Report on sanitation, dispensaries, and jails in Rajputana for 1918, and on vaccination for the year 1918-1919 - 1918-1919
Year: 1918
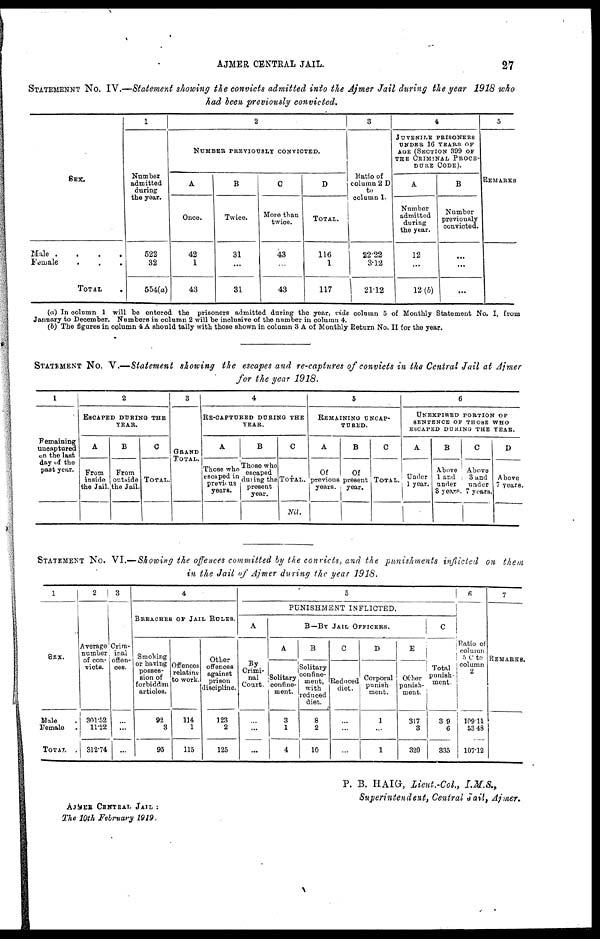
AJMER CENTRAL JAIL.
27
STATEMENNT No. IV.—Statement showing the convicts admitted into the Ajmer Jail during the year 1918 who
had been previously convicted.
SEX.
Male .
.
.
.
Female
.
.
.
TOTAL .
1
Number
admitted
during
the year.
522
32
554(a)
2
NUMBER PREVIOUSLY CONVICTED.
A
Once.
42
1
43
B
Twice.
31
...
31
C
More than
twice.
43
...
43
D
TOTAL.
116
1
117
3
Ratio of
column 2 D
to
column 1.
22.22
3.12
21.12
4
JUVENILE PRISONERS
UNDER 16 YEARS OF
AGE (SECTION 399 OF
THE CRIMINAL PROCE-
DURE CODE).
A
Number
admitted
during
the year.
12
...
12(b)
B
Number
previously
convicted.
...
...
...
5
REMARKS
(a) In column 1 will be entered the prisoners admitted during the year, vide column 5 of Monthly Statement No. I, from
January to December. Numbers in column 2 will be inclusive of the number in column 4.
(b) The figures in column 4 A should tally with those shown in column 3 A of Monthly Return No. II for the year.
STATEMENT No. V.—Statement showing the escapes and re-captures of convicts in the Central Jail at Ajmer
for the year 1918.
1
Remaining
uncaptured
on the last
day of the
past year.
2
ESCAPED DURING THE
YEAR.
A
From
inside
the Jail.
B
From
outside
the Jail.
C
TOTAL.
3
GRAND
TOTAL.
4
RE-CAPTURED DURING THE
YEAR.
A
Those who
escaped in
previous
years.
B
Those who
escaped
during the
present
year.
C
TOTAL.
Nil.
5
REMAINING UNCAP-
TURED.
A
Of
previous
years.
B
Of
present
year.
C
TOTAL.
6
UNEXPIRED PORTION OF
SENTENCE OF THOSE WHO
ESCAPED DURING THE YEAR.
A
Under
1 year.
B
Above
1 and
under
3 years.
C
Above
3 and
under
7 years.
D
Above
7 years.
STATEMENT No. VI.— Showing the offences committed by the convicts, and the punishments inflicted on them
in the Jail of Ajmer during the year 1918.
1
SEX.
Male .
Female .
TOTAL
.
2
Average
number
of con-
victs.
301.52
11.22
312.74
3
Crim-
inal
offen-
ces.
...
...
...
4
BREACHES OF JAIL RULES.
Smoking
or having
posses-
sion of
forbidden
articles.
92
3
95
Offences
relating
to work.
114
1
115
Other
offences
against
prison
discipline.
123
2
125
5
PUNISHMENT INFLICTED.
A
By
Crimi-
nal
Court.
...
...
...
B—BY JAIL OFFICERS.
A
Solitary
confine-
ment.
3
1
4
B
Solitary
confine-
ment,
with
reduced
diet.
8
2
10
C
Reduced
diet.
...
...
...
D
Corporal
punish-
ment.
1
...
1
E
Other
punish-
ment.
317
3
320
C
Total
punish-
ment.
329
6
335
6
Ratio of
column
5 C to
column
2
109.11
53.48
107.12
7
REMARKS.
P. B. HAIG, Lieut.-Col.,
I.M.S.,
Superintendent, Central Jail, Ajmer.
AJMER CENTRAL JAIL :
The 10th February 1919.